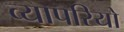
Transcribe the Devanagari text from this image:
व्यापरियो